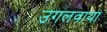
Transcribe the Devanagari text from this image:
उगलवाया